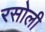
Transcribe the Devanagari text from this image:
रसोली